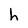
Character: h